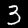
Label: 3